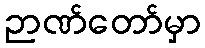
ဉာဏ်တော်မှာ